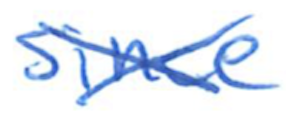
Text: since
Cross-out: cross
Writing tool: ballpoint